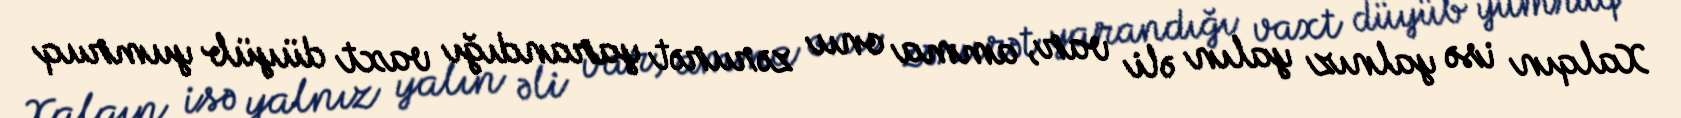
Xalqın isə yalnız yalın əli var, amma onu zərurət yarandığı vaxt düyüb yumruq